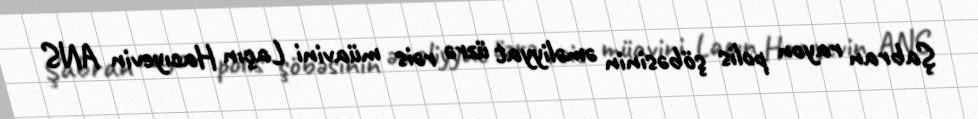
Şabran rayon polis şöbəsinin əməliyyat üzrə rəis müavini Laçın Hacıyevin ANS